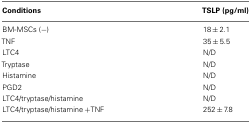
<table><thead><tr><td><b>Conditions</b></td><td><b>TSLP (pg/ml)</b></td></tr></thead><tbody><tr><td>BM-MSCs (−)</td><td>18 ± 2.1</td></tr><tr><td>TNF</td><td>35 ± 5.5</td></tr><tr><td>LTC4</td><td>N/D</td></tr><tr><td>Tryptase</td><td>N/D</td></tr><tr><td>Histamine</td><td>N/D</td></tr><tr><td>PGD2</td><td>N/D</td></tr><tr><td>LTC4/tryptase/histamine</td><td>N/D</td></tr><tr><td>LTC4/tryptase/histamine + TNF</td><td>252 ± 7.8</td></tr></tbody></table>